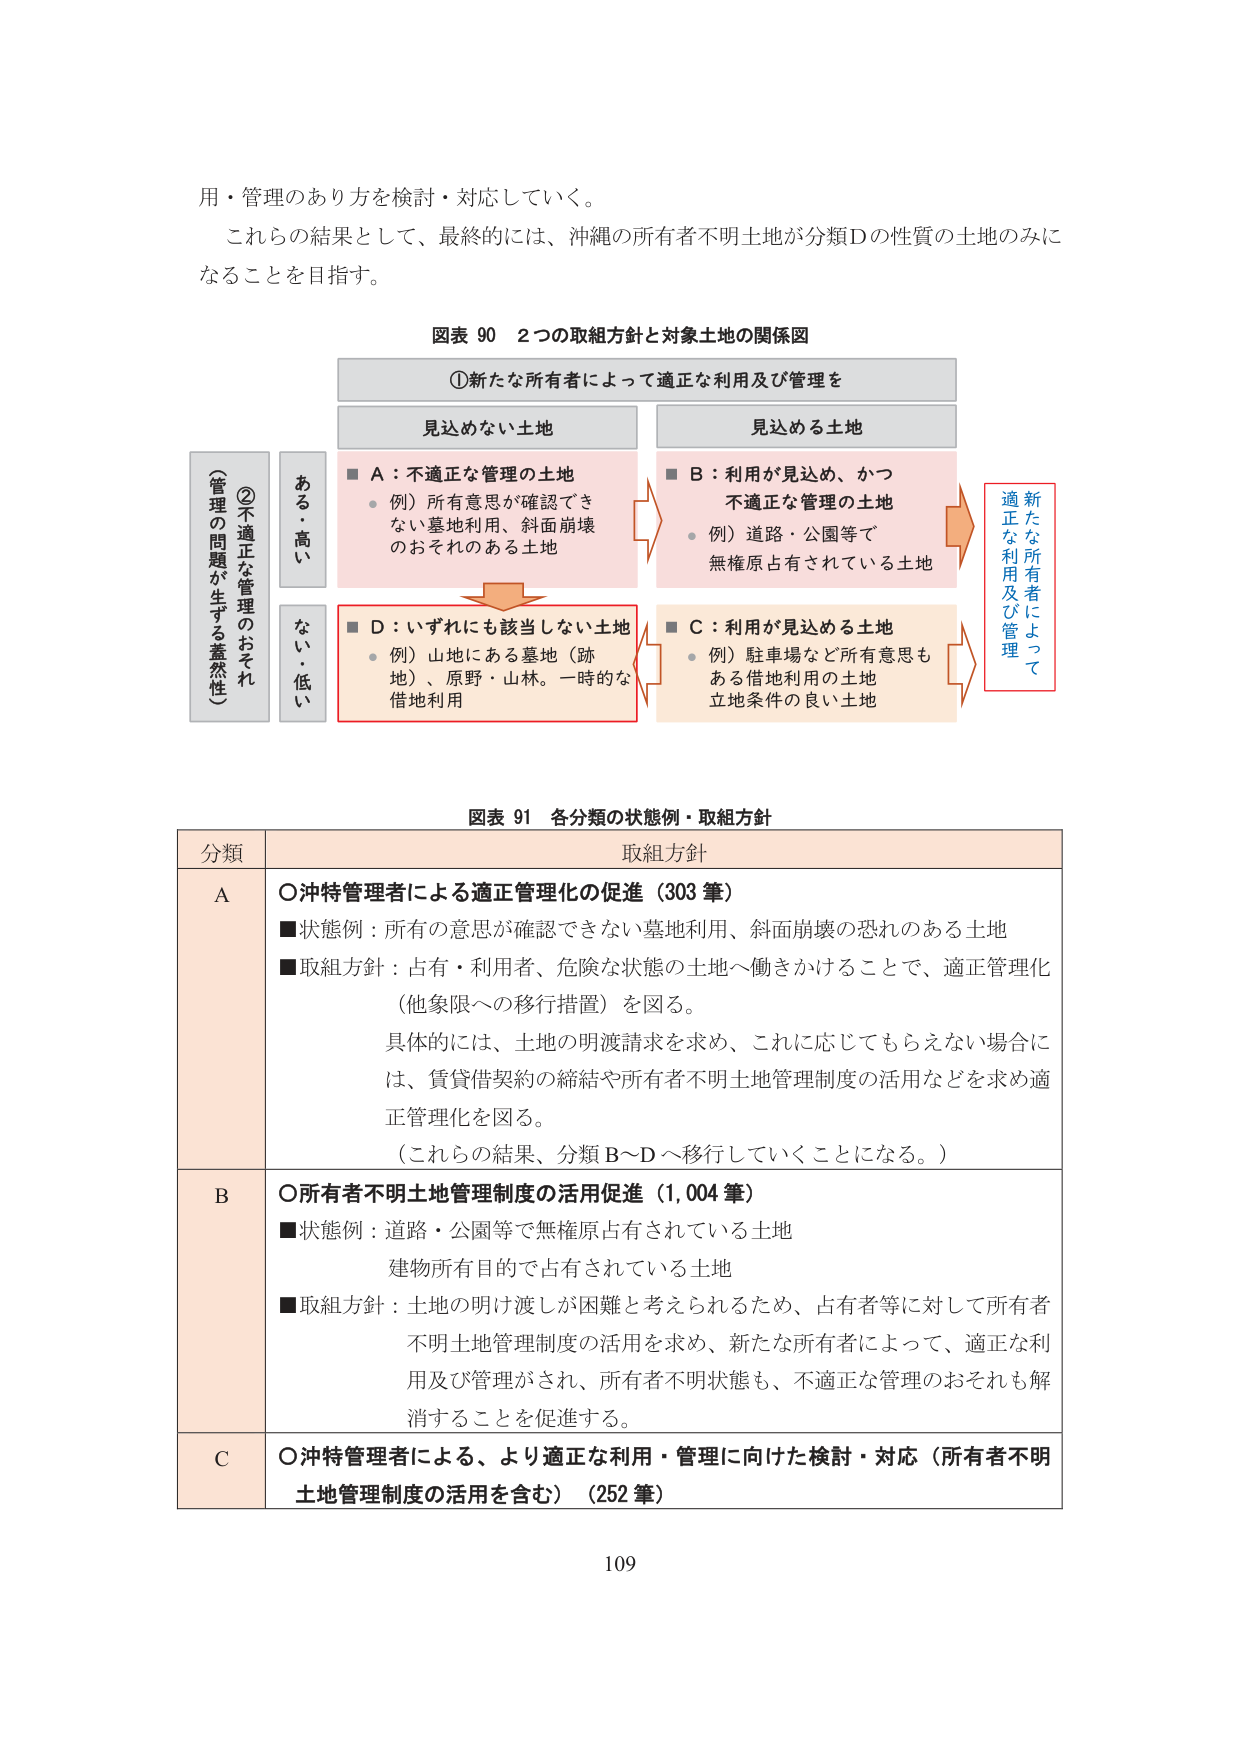
用・管理のあり方を検討・対応していく。

これらの結果として、最終的には、沖縄の所有者不明土地が分類Dの性質の土地のみになることを目指す。

図表 90 2つの取組方針と対象土地の関係図

①新たな所有者によって適正な利用及び管理を

見込めない土地

■ A：不適正な管理の土地
・例）所有意思が確認できない墓地利用、斜面崩壊のおそれのある土地

見込める土地

■ B：利用が見込め、かつ不適正な管理の土地
・例）道路・公園等で無権原占有されている土地

■ D：いずれにも該当しない土地
・例）山地にある墓地（跡地）、原野・山林。一時的な借地利用

■ C：利用が見込める土地
・例）駐車場など所有意思もある借地利用の土地 立地条件の良い土地

（管理の問題が生ずる蓋然性）
②不適正な管理のおそれ
ある・高い
ない・低い

新たな所有者によって
適正な利用及び管理

図表 91 各分類の状態例・取組方針

分類 取組方針

A
○沖特管理者による適正管理化の促進（303 筆）
■状態例：所有の意思が確認できない墓地利用、斜面崩壊の恐れのある土地
■取組方針：占有・利用者、危険な状態の土地へ働きかけることで、適正管理化（他象限への移行措置）を図る。
具体的には、土地の明渡請求を求め、これに応じてもらえない場合には、賃貸借契約の締結や所有者不明土地管理制度の活用などを求め適正管理化を図る。
（これらの結果、分類B～Dへ移行していくことになる。）

B
○所有者不明土地管理制度の活用促進（1,004 筆）
■状態例：道路・公園等で無権原占有されている土地
建物所有目的で占有されている土地
■取組方針：土地の明け渡しが困難と考えられるため、占有者等に対して所有者不明土地管理制度の活用を求め、新たな所有者によって、適正な利用及び管理がされ、所有者不明状態も、不適正な管理のおそれも解消することを促進する。

C
○沖特管理者による、より適正な利用・管理に向けた検討・対応（所有者不明土地管理制度の活用を含む）（252 筆）

109